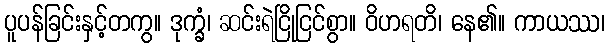
ပူပန်ခြင်းနှင့်တကွ။ ဒုက္ခံ၊ ဆင်းရဲငြိုငြင်စွာ။ ဝိဟရတိ၊ နေ၏။ ကာယဿ၊